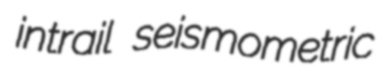
intrail seismometric